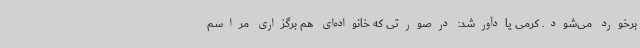
برخورد می‌شود. کرمی یادآورشد: درصورتی که خانواده‌ای هم برگزاری مراسم